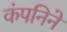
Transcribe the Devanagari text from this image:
कंपनिने